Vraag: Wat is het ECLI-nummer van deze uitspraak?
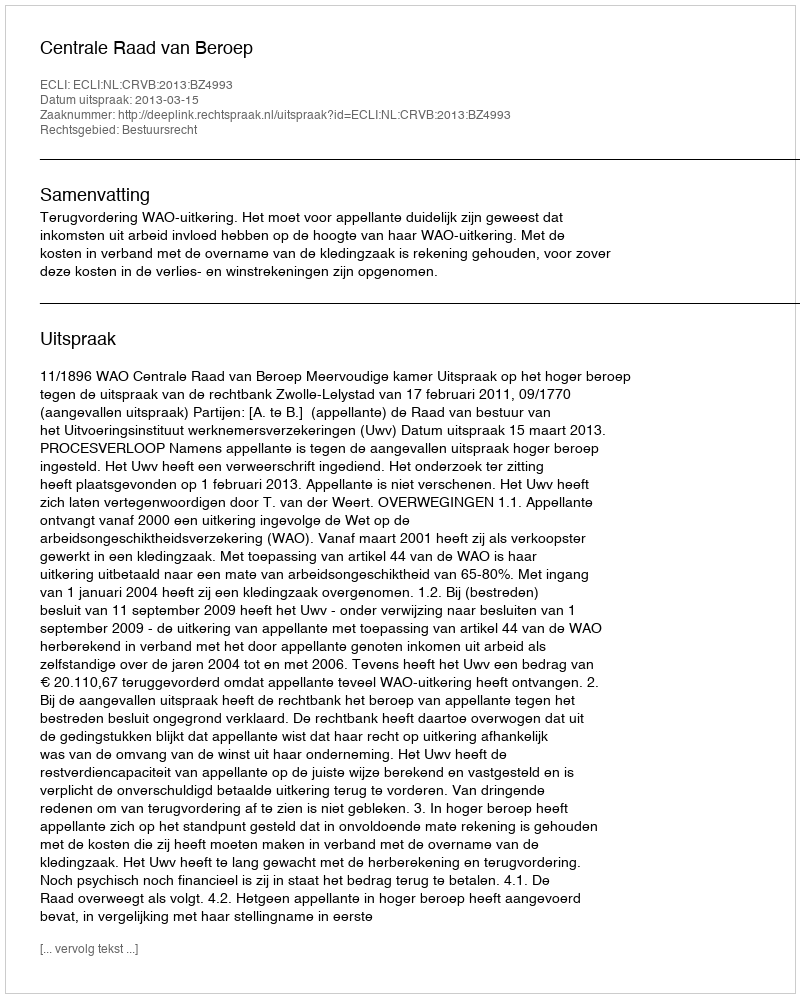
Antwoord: ECLI:NL:CRVB:2013:BZ4993